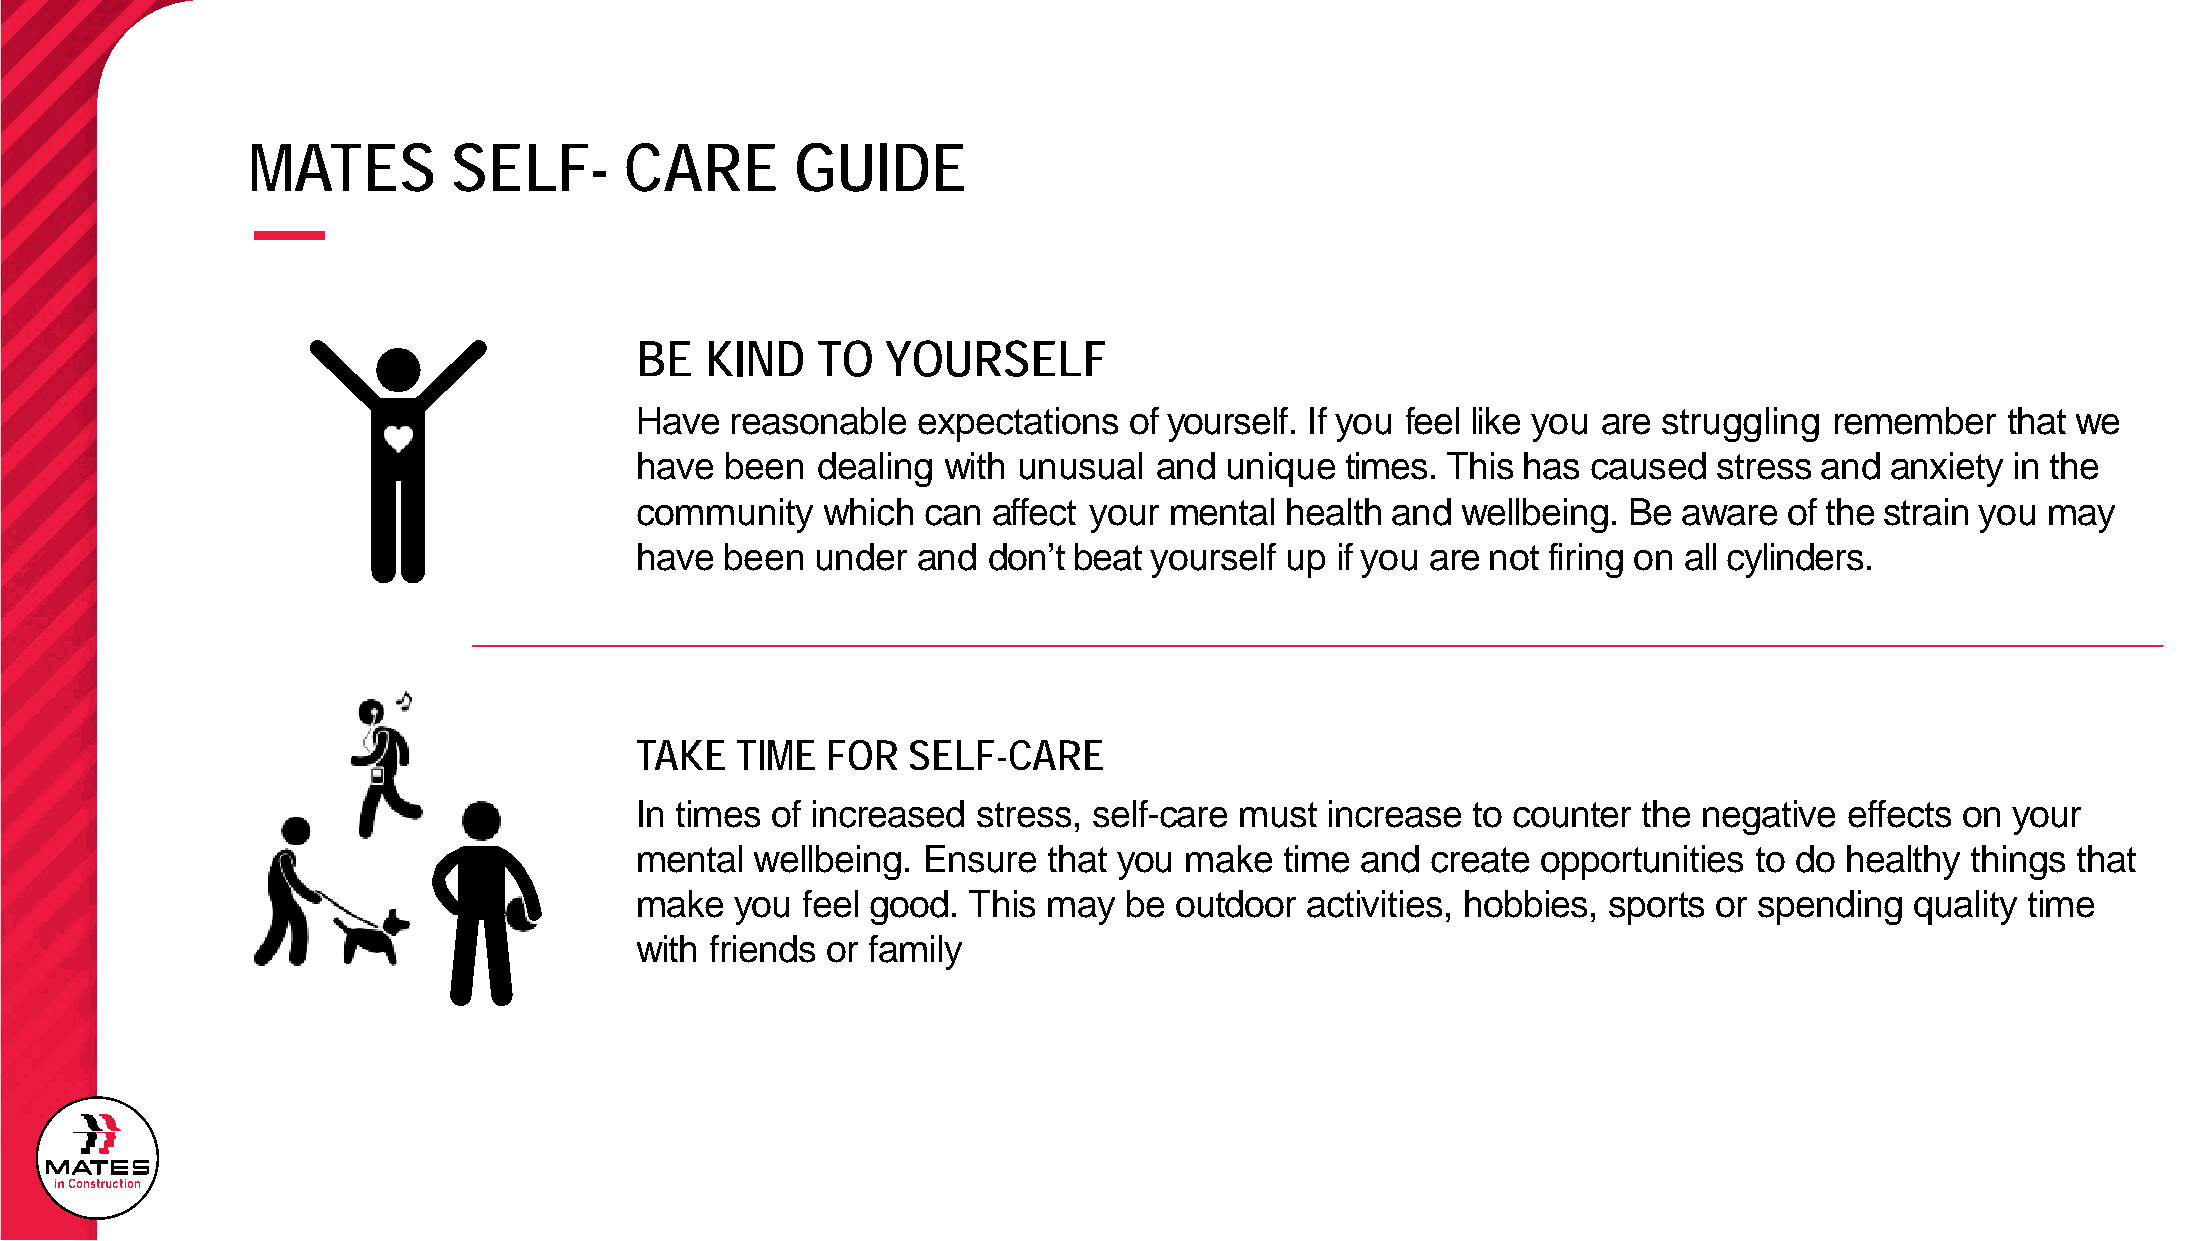
MATES         SELF-      CARE        GUIDE
 BE   KIND   TO   YOURSELF
 Have  reasonable   expectations  of yourself. If you feel like you are struggling remember that we
 have  been  dealing with unusual   and unique  times. This has caused   stress and anxiety in the
 community   which  can  affect your mental health and  wellbeing. Be aware  of the strain you may
 have  been  under  and don’t beat yourself up if you are not firing on all cylinders.
 TAKE   TIME  FOR  SELF-CARE
 In times of increased  stress, self-care must increase  to counter the negative effects on your
 mental  wellbeing. Ensure  that you make   time and  create opportunities to do healthy things that
 make   you feel good. This may   be outdoor  activities, hobbies, sports or spending quality time
 with friends or family